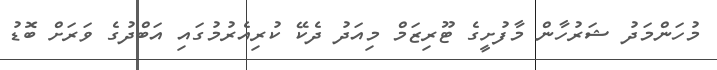
މުހަންމަދު ޝަރުހާން މާފުށީގެ ޓޫރިޒަމް މިއަދު ދެކޭ ކުރިއެރުމުގައި އަބްްދުގެ ވަރަށް ބޮޑު